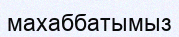
махаббатымыз